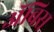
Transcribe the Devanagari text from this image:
ॲबिस